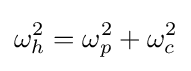
\omega _{h}^{2}=\omega _{p}^{2}+\omega _{c}^{2}